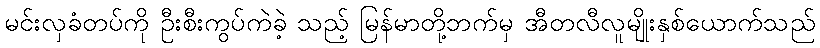
မင်းလှခံတပ်ကို ဦးစီးကွပ်ကဲခဲ့ သည့် မြန်မာတို့ဘက်မှ အီတလီလူမျိုးနှစ်ယောက်သည်